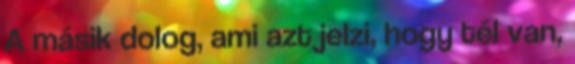
A másik dolog, ami azt jelzi, hogy tél van,